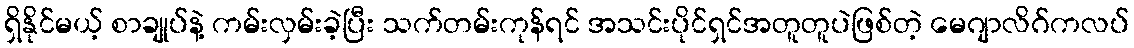
ရှိနိုင်မယ့် စာချုပ်နဲ့ ကမ်းလှမ်းခဲ့ပြီး သက်တမ်းကုန်ရင် အသင်းပိုင်ရှင်အတူတူပဲဖြစ်တဲ့ မေဂျာလိဂ်ကလပ်